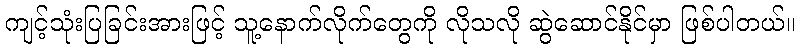
ကျင့်သုံးပြခြင်းအားဖြင့် သူ့နောက်လိုက်တွေကို လိုသလို ဆွဲဆောင်နိုင်မှာ ဖြစ်ပါတယ်။